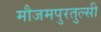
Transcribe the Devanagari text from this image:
मौजमपुरतुल्सी